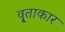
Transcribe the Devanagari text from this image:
वृ्ताकार